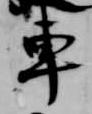
車